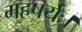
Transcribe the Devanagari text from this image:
महषर्यः।